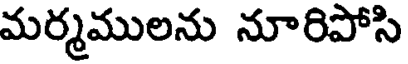
మర్మములను నూరిపోసి